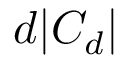
d | C _ { d } |